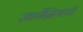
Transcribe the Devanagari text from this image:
ज्ञानेंद्रियाची